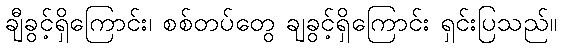
ချီခွင့်ရှိကြောင်း၊ စစ်တပ်တွေ ချခွင့်ရှိကြောင်း ရှင်းပြသည်။